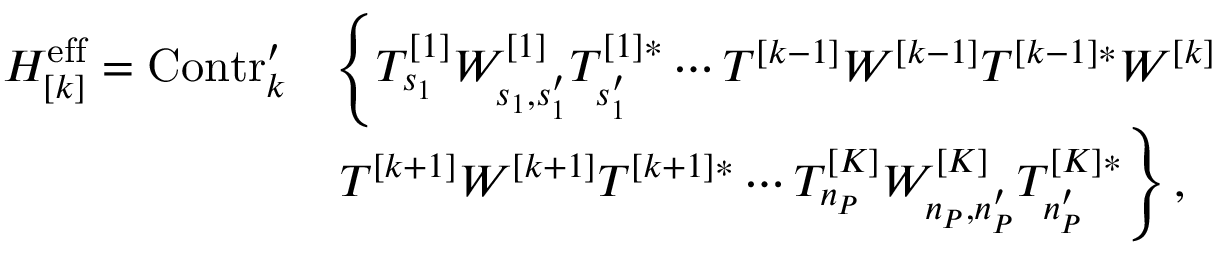
\begin{array} { r l } { H _ { [ k ] } ^ { \mathrm { e f f } } = \mathrm { C o n t r } _ { k } ^ { \prime } } & { \left\{ T _ { s _ { 1 } } ^ { [ 1 ] } W _ { s _ { 1 } , s _ { 1 } ^ { \prime } } ^ { [ 1 ] } T _ { s _ { 1 } ^ { \prime } } ^ { [ 1 ] * } \cdots T ^ { [ k - 1 ] } W ^ { [ k - 1 ] } T ^ { [ k - 1 ] * } W ^ { [ k ] } \right. } \\ & { \left. T ^ { [ k + 1 ] } W ^ { [ k + 1 ] } T ^ { [ k + 1 ] * } \cdots T _ { n _ { P } } ^ { [ K ] } W _ { n _ { P } , n _ { P } ^ { \prime } } ^ { [ K ] } T _ { n _ { P } ^ { \prime } } ^ { [ K ] * } \right\} , } \end{array}